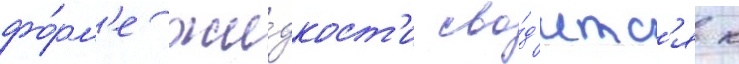
фо́рм'е жи́дкост'и сво́д'итс'я к